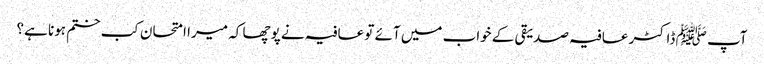
آپ ﷺ ڈاکٹر عافیہ صدیقی کے خواب میں آئے تو عافیہ نے پوچھا کہ میرا امتحان کب ختم ہونا ہے؟